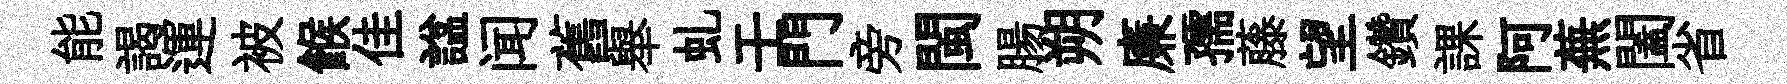
能謁運被餱佳諡闻舊舉虬壬門旁閩腸朔廉孺藤望鑽課阿蕪闔省